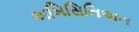
અબિસિનિઅન